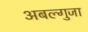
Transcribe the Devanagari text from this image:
अबल्गुजा